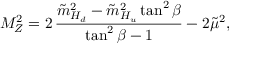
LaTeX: M _ { Z } ^ { 2 } = 2 \, { \frac { \tilde { m } _ { H _ { d } } ^ { 2 } - \tilde { m } _ { H _ { u } } ^ { 2 } \tan ^ { 2 } \beta } { \tan ^ { 2 } \beta - 1 } } - 2 \tilde { \mu } ^ { 2 } ,